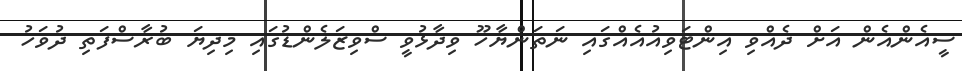
ސީއެންއެން އަށް ދެއްވި އިންޓަވިއުއެއްގައި ނަތަންޔާހޫ ވިދާޅުވީ ސްވިޒަލެންޑުގައި މިދިޔަ ބުރާސްފަތި ދުވަހު